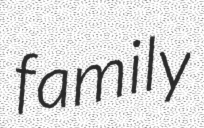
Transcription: family